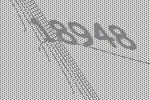
18948